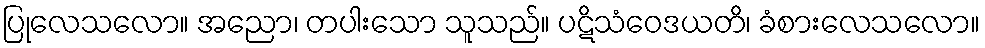
ပြုလေသလော။ အညော၊ တပါးသော သူသည်။ ပဋိသံဝေဒယတိ၊ ခံစားလေသလော။